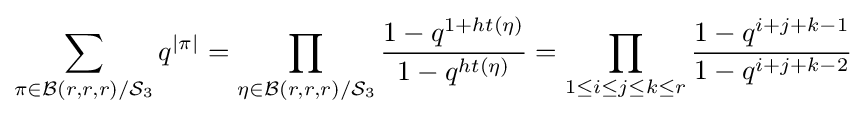
\sum _{\pi \in {\mathcal {B}}(r,r,r)/{\mathcal {S}}_{3}}q^{|\pi |}=\prod _{\eta \in {\mathcal {B}}(r,r,r)/{\mathcal {S}}_{3}}{\frac {1-q^{1+ht(\eta )}}{1-q^{ht(\eta )}}}=\prod _{1\leq i\leq j\leq k\leq r}{\frac {1-q^{i+j+k-1}}{1-q^{i+j+k-2}}}